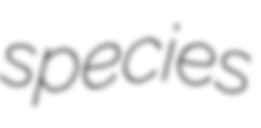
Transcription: species